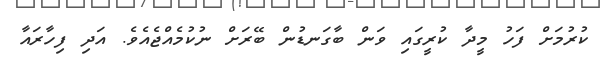
ކުރުމަށް ފަހު މީދާ ކުރީގައި ވަން ބާގަނޑުން ބޭރަށް ނުކުމެއްޖެއެވެ. އަދި ފިހާރައާ